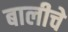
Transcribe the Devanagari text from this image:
बालीचे